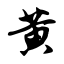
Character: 黄